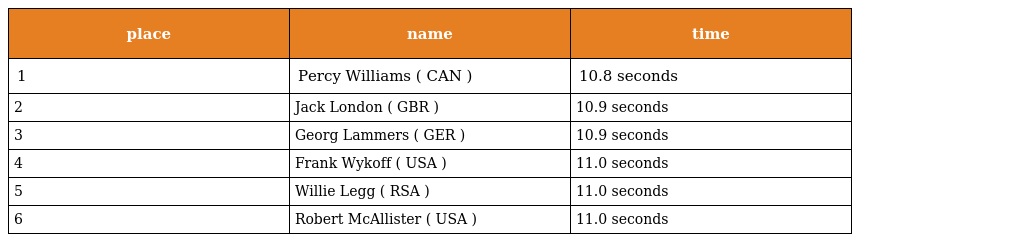
| place | name | time |
 | --- | --- | --- |
 | 1 | Percy Williams ( CAN ) | 10.8 seconds |
 | 2 | Jack London ( GBR ) | 10.9 seconds |
 | 3 | Georg Lammers ( GER ) | 10.9 seconds |
 | 4 | Frank Wykoff ( USA ) | 11.0 seconds |
 | 5 | Willie Legg ( RSA ) | 11.0 seconds |
 | 6 | Robert McAllister ( USA ) | 11.0 seconds |